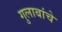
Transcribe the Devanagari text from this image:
गुलाबांचे